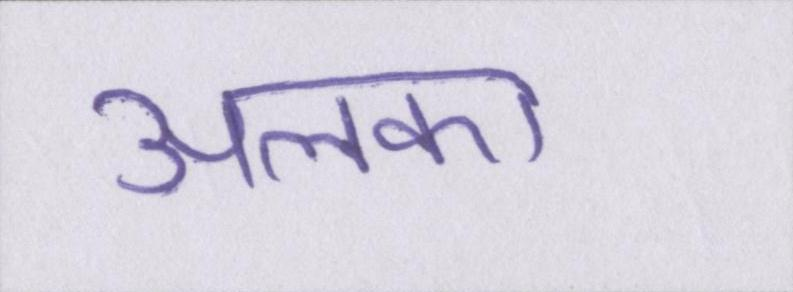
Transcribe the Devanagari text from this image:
अलका